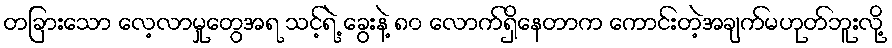
တခြားသော လေ့လာမှုတွေအရ သင့်ရဲ့ ခွေးနဲ့ ၈၀ လောက်ရှိနေတာက ကောင်းတဲ့အချက်မဟုတ်ဘူးလို့